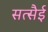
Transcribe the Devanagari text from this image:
सत्सैई